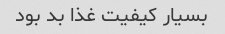
بسیار کیفیت غذا بد بود